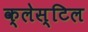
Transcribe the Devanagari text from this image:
क्लेस्टिल